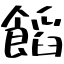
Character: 饀